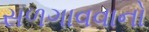
સળગાવવાનો